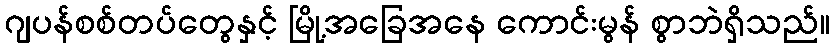
ဂျပန်စစ်တပ်တွေနှင့် မြို့အခြေအနေ ကောင်းမွန် စွာဘဲရှိသည်။